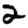
Digit: 2